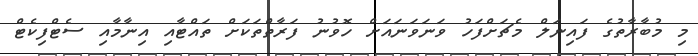
މި މުބާރާތުގެ ފައިނަލް މެޗަށްފަހު ވަނަވަނައަށް ހޮވުނު ފަރާތްތަކަށް ތައްޓާއި އިނާމާއި ސެޓްފިކެޓް